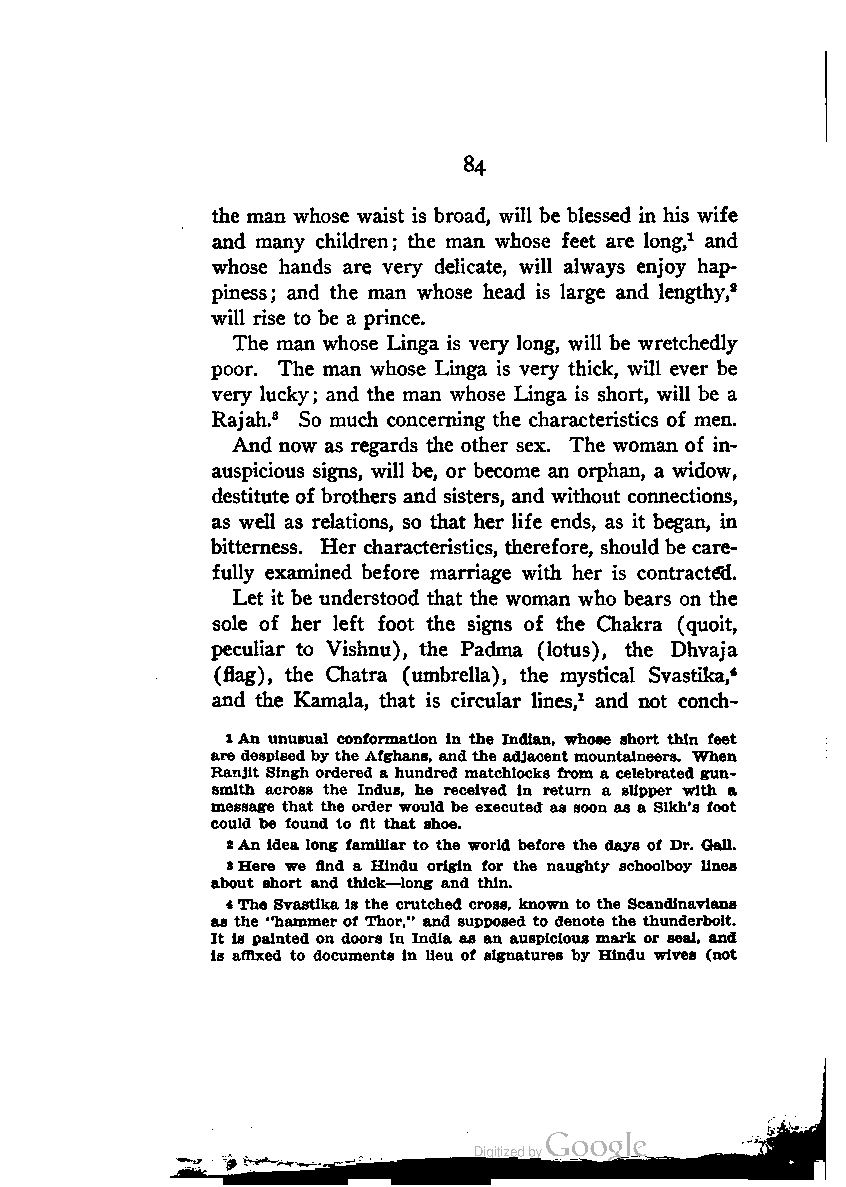
84
 the man whose waist is broad, will be blessed in his wife
 and many children; the man whose feet are long,1 and
 whose hands are very delicate, will always enjoy hap
 piness; and the man whose head is large and lengthy,2
 will rise to be a prince.
 The man whose Linga is very long, will be wretchedly
 poor. The man whose Linga is very thick, will ever be
 very lucky; and the man whose Linga is short, will be a
 Rajah.3 So much concerning the characteristics of men.
 And now as regards the other sex. The woman of in
 auspicious signs, will be, or become an orphan, a widow,
 destitute of brothers and sisters, and without connections,
 as well as relations, so that her life ends, as it began, in
 bitterness. Her characteristics, therefore, should be care
 fully examined before marriage with her is contracted.
 Let it be understood that the woman who bears on the
 sole of her left foot the signs of the Chakra (quoit,
 peculiar to Vishnu), the Padma (lotus), the Dhvaja
 (flag), the Chatra (umbrella), the mystical Svastika,4
 and the Kamala, that is circular lines,1 and not conch-
 1An unusual conformation in the Indian, whose short thin feet
 are despisedbythe Afghans, andthe adjacent mountaineers. When
 Ranjlt Singh ordered a hundred matchlocks from a celebrated gun
 smith across the Indus, he received in return a slipper with a
 message that the order would be executed as soon as a Sikh's foot
 could be found to fit that shoe.
 2An idea long familiar to the world before the days of Dr. Gall.
 3Here we find a Hindu origin for the naughty schoolboy lines
 about short and thick—long and thin.
 *The Svastika is the crutched cross, known to the Scandinavians
 as the "hammer of Thor," and supposed to denote the thunderbolt.
 It is painted on doors in India as an auspicious mark or seal, and
 is affixed to documents in lieu of signatures by Hindu wives (not